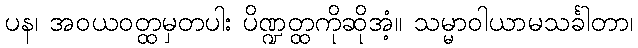
ပန၊ အဝယဝတ္ထမှတပါး ပိဏ္ဍတ္ထကိုဆိုအံ့။ သမ္မာဝါယာမသင်္ခါတာ၊